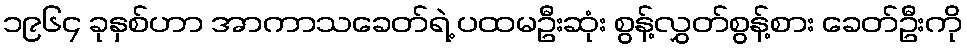
၁၉၆၄ ခုနှစ်ဟာ အာကာသခေတ်ရဲ့ ပထမဦးဆုံး စွန့်လွှတ်စွန့်စား ခေတ်ဦးကို